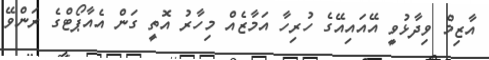
އާޒިމް ވިދާޅުވީ އޭއައިއޭގެ ހުރިހާ އަމާޒެއް މިހާރު އޮތީ ގަން އެއާޕޯޓްގެ ރަންވޭ